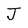
Character: J